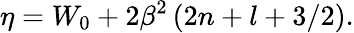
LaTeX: \eta=W_{0}+2\beta^{2}\left(2n+l+3/2\right).